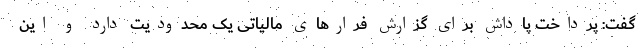
گفت: پرداخت پاداش برای گزارش فرارهای مالیاتی یک محدودیت دارد و این